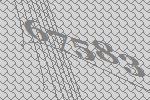
67583